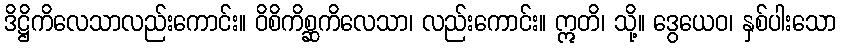
ဒိဋ္ဌိကိလေသာလည်းကောင်း။ ဝိစိကိစ္ဆကိလေသာ၊ လည်းကောင်း။ ဣတိ၊ သို့။ ဒွေယေဝ၊ နှစ်ပါးသော